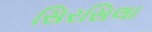
સિરસિલા